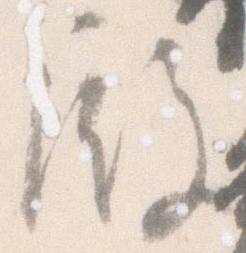
殿